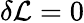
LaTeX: \delta{\mathcal{L}}=0